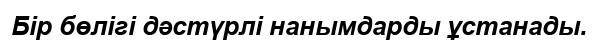
Бір бөлігі дәстүрлі нанымдарды ұстанады.